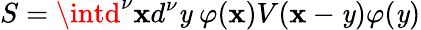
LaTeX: S=\intd^{\nu}\mathbf{x}d^{\nu}\mathit{y}~\varphi(\mathbf{x})V(\mathbf{x}-\mathit{y})\varphi(\mathit{y})